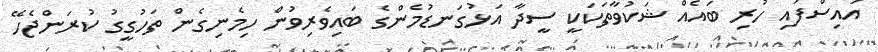
އައިސްފައި ހުރި ބައެއް ޝަކުވާތަކަކީ ސީދާ އަޅުގަނޑުމެންގެ ބައިވެރިވުން ހިމެނިގެން ތަހުގީގު ކުރަންޖެހޭ